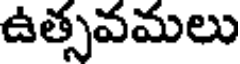
ఉత్సవమలు